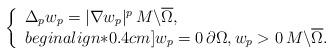
LaTeX: \begin{align*}\left\{ \begin{array}{l}\Delta_p w_p = |\nabla w_p|^p \, M \backslash \overline\Omega, \\begin{align*}0.4cm]w_p = 0 \, \partial \Omega, w_p >0 \, M \backslash \overline\Omega.\end{array}\right.\end{align*}